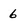
Character: 6